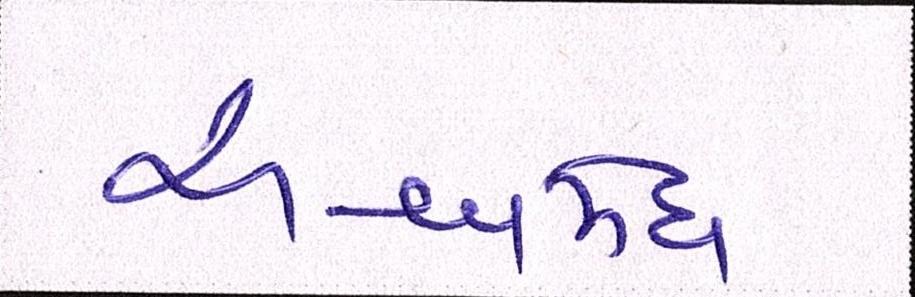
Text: અશ્વમેઘ